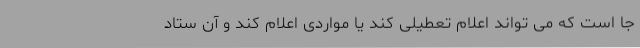
جا است که می تواند اعلام تعطیلی کند یا مواردی اعلام کند و آن ستاد